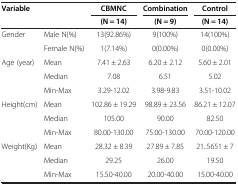
<table><thead><tr><td rowspan="2" colspan="2"><b>Variable</b></td><td><b>CBMNC</b></td><td><b>Combination</b></td><td><b>Control</b></td></tr><tr><td><b>(N = 14)</b></td><td><b>(N = 9)</b></td><td><b>(N = 14)</b></td></tr></thead><tbody><tr><td>Gender</td><td>Male N(%)</td><td>13(92.86%)</td><td>9(100%)</td><td>14(100%)</td></tr><tr><td> </td><td>Female N(%)</td><td>1(7.14%)</td><td>0(0.00%)</td><td>0(0.00%)</td></tr><tr><td>Age (year)</td><td>Mean</td><td>7.41 ± 2.63</td><td>6.20 ± 2.12</td><td>5.60 ± 2.01</td></tr><tr><td> </td><td>Median</td><td>7.08</td><td>6.51</td><td>5.02</td></tr><tr><td> </td><td>Min-Max</td><td>3.29-12.02</td><td>3.98-9.83</td><td>3.51-10.02</td></tr><tr><td>Height(cm)</td><td>Mean</td><td>102.86 ± 19.29</td><td>98.89 ± 23.56</td><td>86.21 ± 12.07</td></tr><tr><td> </td><td>Median</td><td>105.00</td><td>90.00</td><td>82.50</td></tr><tr><td> </td><td>Min-Max</td><td>80.00-130.00</td><td>75.00-130.00</td><td>70.00-120.00</td></tr><tr><td>Weight(Kg)</td><td>Mean</td><td>28.32 ± 8.39</td><td>27.89 ± 7.85</td><td>21..5651 ± 7</td></tr><tr><td> </td><td>Median</td><td>29.25</td><td>26.00</td><td>19.50</td></tr><tr><td> </td><td>Min-Max</td><td>15.50-40.00</td><td>20.00-40.00</td><td>15.00-40.00</td></tr></tbody></table>